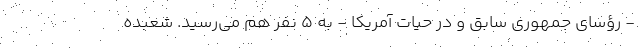
- رؤسای جمهوری سابق و در حیات آمریکا - به 5 نفر هم می‌رسید. شعبده